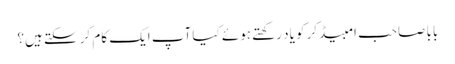
بابا صاحب امبیڈکر کو یاد رکھتے ہوئے کیا آپ ایک کام کر سکتے ہیں؟